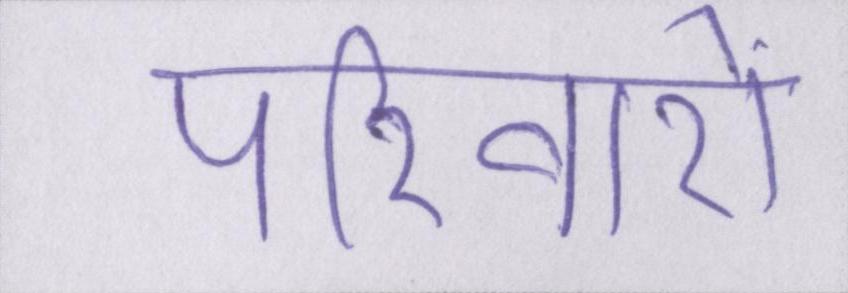
परिवारों